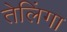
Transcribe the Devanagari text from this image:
तेलिंगा